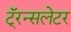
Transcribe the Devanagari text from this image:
टॅ्रन्सलेटर